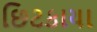
છિટકાયા